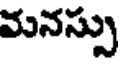
మనస్సు